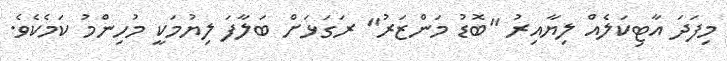
މިފަދަ އާޓިކަލެއް ލިޔާއިރު "ބޮޑު މަންޒަރު" ރަގަޅަށް ބަލާފަ ލިޔުމަކީ މުހިންމު ކަމެކެވެ.